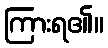
ကြားရ၏။